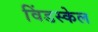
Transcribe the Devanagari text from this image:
विंडस्केल